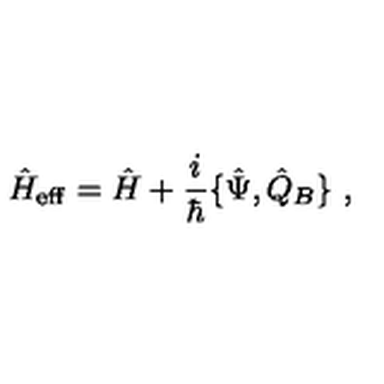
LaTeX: \hat { H } _ { \mathrm { e f f } } = \hat { H } + \frac { i } { \hbar } \{ \hat { \Psi } , \hat { Q } _ { B } \} \ ,